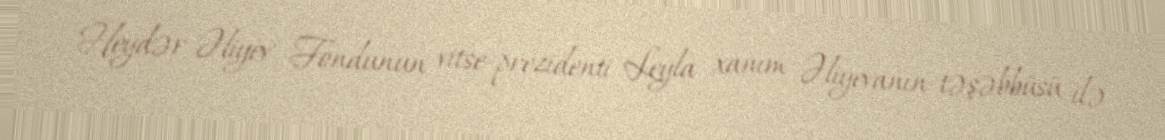
Heydər Əliyev Fondunun vitse-prezidenti Leyla xanım Əliyevanın təşəbbüsü ilə